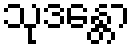
သုဒန္တော